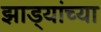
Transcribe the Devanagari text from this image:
झाड्यांच्या